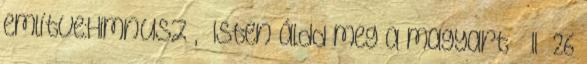
említve:Himnusz , „Isten áldd meg a magyart ” II 26